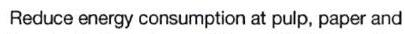
Reduce energy consumption at pulp, paper and